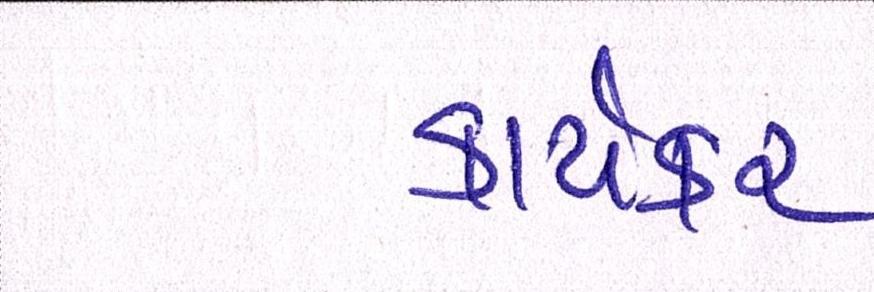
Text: કાર્યકર